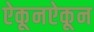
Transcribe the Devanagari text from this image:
ऐकूनऐकून